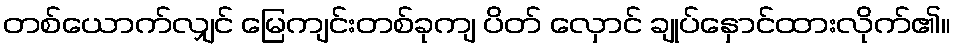
တစ်ယောက်လျှင် မြေကျင်းတစ်ခုကျ ပိတ် လှောင် ချုပ်နှောင်ထားလိုက်၏။